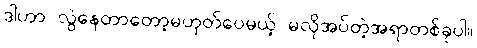
ဒါဟာ လွဲနေတာတော့မဟုတ်ပေမယ့် မလိုအပ်တဲ့အရာတစ်ခုပါ။